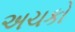
અચકો